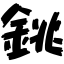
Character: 銚